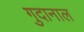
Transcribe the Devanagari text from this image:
गुदानाल